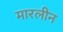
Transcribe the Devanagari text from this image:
मारलीन